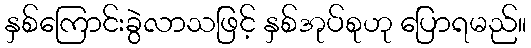
နှစ်ကြောင်းခွဲလာသဖြင့် နှစ်အုပ်စုဟု ပြောရမည်။